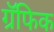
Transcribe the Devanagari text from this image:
ग्रॅफिक